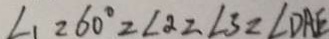
\angle 1 = 6 0 ^ { \circ } = \angle 2 = \angle 3 = \angle D A E